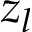
z _ { l }